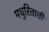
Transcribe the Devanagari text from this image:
मधुरिताची